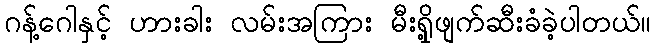
ဂန့်ဂေါနှင့် ဟားခါး လမ်းအကြား မီးရှို့ဖျက်ဆီးခံခဲ့ပါတယ်။